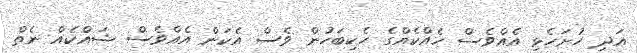
އަދި ހުށަހެޅި އެއްވެސް ހެއްކެއްގެ ހެކިބަހުން ވެސް އެކަން އެއްވެސް ޝައްކެއް ނެތް